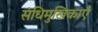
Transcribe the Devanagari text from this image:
संधिमुखिकाएँ